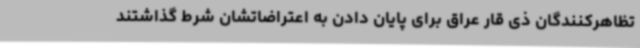
تظاهرکنندگان ذی قار عراق برای پایان دادن به اعتراضاتشان شرط گذاشتند